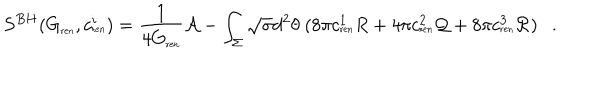
S ^ { B H } ( G _ { \tiny \mathrm { r e n } } , c _ { \tiny \mathrm { r e n } } ^ { i } ) = { \frac { 1 } { 4 G _ { \tiny \mathrm { r e n } } } } { \cal A } - \int _ { \Sigma } \sqrt { \sigma } d ^ { 2 } \theta ~ ( 8 \pi c _ { \tiny \mathrm { r e n } } ^ { 1 } R + 4 \pi c _ { \tiny \mathrm { r e n } } ^ { 2 } { \cal Q } + 8 \pi c _ { \tiny \mathrm { r e n } } ^ { 3 } { \cal R } ) .